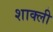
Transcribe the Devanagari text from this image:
शाक्ली